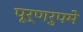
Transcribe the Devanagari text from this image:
पूर्णरुपमे